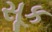
સૂક